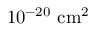
1 0 ^ { - 2 0 } ~ \mathrm { c m } ^ { 2 }